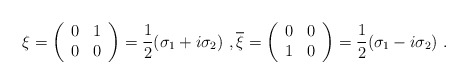
\begin{align*}\xi=\left(\begin{array}{cc}0 & 1 \\0 & 0 \\ \end{array}\right)=\frac{1}{2}(\sigma_1+i\sigma_2) \ , \overline{\xi}=\left(\begin{array}{cc}0 & 0 \\1 & 0 \\ \end{array}\right)=\frac{1}{2}(\sigma_1-i\sigma_2) \ .\end{align*}